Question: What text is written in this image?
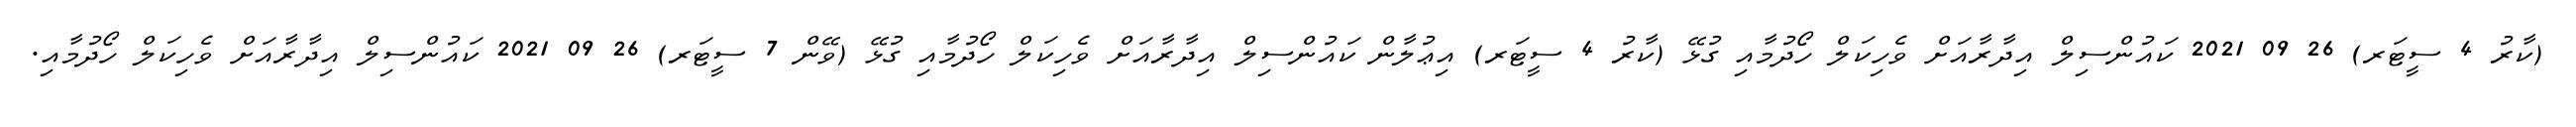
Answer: (ކާރު 4 ސީޓަރ) 26 09 2021 ކައުންސިލް އިދާރާއަށް ވެހިކަލް ހޯދުމާއި ގުޅޭ (ކާރު 4 ސީޓަރ) އިޢުލާން ކައުންސިލް އިދާރާއަށް ވެހިކަލް ހޯދުމާއި ގުޅޭ (ވޭން 7 ސީޓަރ) 26 09 2021 ކައުންސިލް އިދާރާއަށް ވެހިކަލް ހޯދުމާއި.